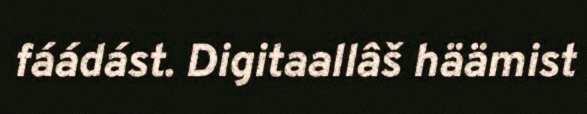
fáádást. Digitaallâš häämist